Insane asylums in Bengal annual reports 1876-1887 - 1876-1887
Year: 1876
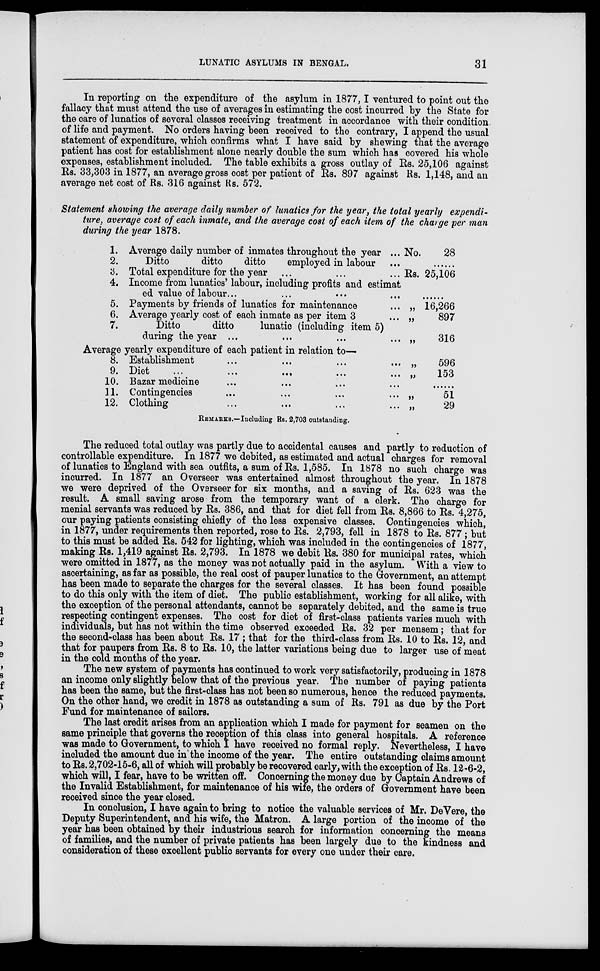
LUNATIC ASYLUMS IN BENGAL.
31
In reporting on the expenditure of the asylum in 1877,I ventured to point out the
fallacy that must attend the use of averages in estimating the cost incurred by the State for
the care of lunatics of several classes receiving treatment in accordance with their condition.
of life and payment. No orders having been received to the contrary, I append the usual
statement of expenditure, which confirms what I have said by shewing that the average
patient has cost for establishment alone nearly double the sum which has covered his whole
expenses, establishment included. The table exhibits a gross outlay of Rs. 25,106 against
Rs. 33,303 in 1877, an average gross cost per patient of Rs. 897 against Rs. 1,148, and an
average net cost of Rs. 316 against Rs. 572.
Statement showing the average daily number of lunatics for the year, the total yearly expendi-
ture, average cost of each inmate, and the average cost of each item of the charge per man
during the year 1878.
1.
2.
3.
4.
5.
6.
7.
Average daily number of inmates throughout the year ... No.
Ditto
ditto
ditto
employed in labour ...
Total expenditure for the year ...
...
... Rs.
Income from lunatics' labour, including profits and estimat
ed value of labour ... ... ... ...
Payments by friends of lunatics for maintenance
... „
Average yearly cost of each inmate as per item 3
... „
Ditto
ditto
lunatic (including item 5)
during the year ...
...
...
... „
28
......
25,106
......
16,266
897
316
Average yearly expenditure of each patient in relation to—
8.
9.
10.
11.
12.
Establishment
...
...
...
... „
Diet ... ... ... ... ... „
Bazar medicine ... ... ... ...
Contingencies
...
...
...
... „
Clothing
...
...
...
... „
596
153
......
51
29
REMARKS.—Including Rs. 2,703 outstanding.
The reduced total outlay was partly due to accidental causes and partly to reduction of
controllable expenditure. In 1877 we debited, as estimated and actual charges for removal
of lunatics to England with sea outfits, a sum of Rs. 1,585. In 1878 no such charge was
incurred. In 1877 an Overseer was entertained almost throughout the year. In 1878
we were deprived of the Overseer for six months, and a saving of Rs. 623 was the
result. A small saving arose from the temporary want of a clerk. The charge for
menial servants was reduced by Rs. 386, and that for diet fell from Rs. 8,866 to Rs. 4,275,
our paying patients consisting chiefly of the less expensive classes. Contingencies which,
in 1877, under requirements then reported, rose to Rs. 2,793, fell in 1878 to Rs. 877; but
to this must be added Rs. 542 for lighting, which was included in the contingencies of 1877,
making Rs. 1,419 against Rs. 2,793. In 1878 we debit Rs. 380 for municipal rates, which
were omitted in 1877, as the money was not actually paid in the asylum. With a view to
ascertaining, as far as possible, the real cost of pauper lunatics to the Government, an attempt
has been made to separate the charges for the several classes. It has been found possible
to do this only with the item of diet. The public establishment, working for all alike, with
the exception of the personal attendants, cannot be separately debited, and the same is true
respecting contingent expenses. The cost for diet of first-class patients varies much with
individuals, but has not within the time observed exceeded Rs. 32 per mensem; that for
the second-class has been about Rs. 17 ; that for the third-class from Rs. 10 to Rs. 12, and
that for paupers from Rs. 8 to Rs. 10, the latter variations being due to larger use of meat
in the cold months of the year.
The new system of payments has continued to work very satisfactorily, producing in 1878
an income only slightly below that of the previous year. The number of paying patients
has been the same, but the first-class has not been so numerous, hence the reduced payments.
On the other hand, we credit in 1878 as outstanding a sum of Rs. 791 as due by the Port
Fund for maintenance of sailors.
The last credit arises from an application which I made for payment for seamen on the
same principle that governs the reception of this class into general hospitals. A reference
was made to Government, to which I have received no formal reply. Nevertheless, I have
included the amount due in the income of the year. The entire outstanding claims amount
to Rs. 2,702-15-6, all of which will probably be recovered early, with the exception of Rs. 12-6-2,
which will, I fear, have to be written off. Concerning the money due by Captain Andrews of
the Invalid Establishment, for maintenance of his wife, the orders of Government have been
received since the year closed.
In conclusion, I have again to bring to notice the valuable services of Mr. DeVere, the
Deputy Superintendent, and his wife, the Matron. A large portion of the income of the
year has been obtained by their industrious search for information concerning the means
of families, and the number of private patients has been largely due to the kindness and
consideration of these excellent public servants for every one under their care.